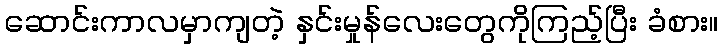
ဆောင်းကာလမှာကျတဲ့ နှင်းမှုန်လေးတွေကိုကြည့်ပြီး ခံစား။